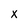
Character: X